Report of the Indian Hemp Drugs Commission, 1894-1895 - Volume II
Year: 1894
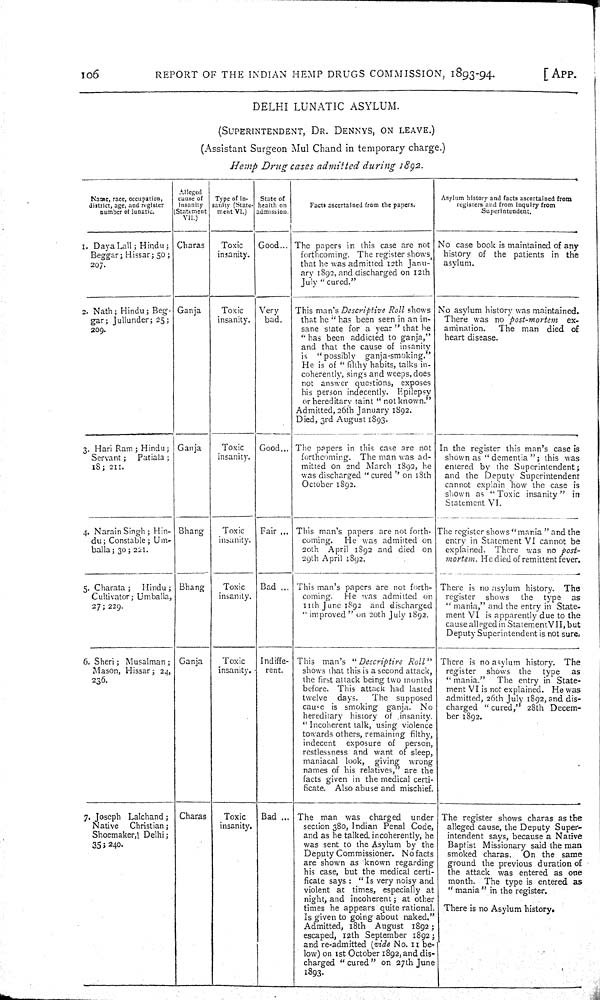
106
REPORT OF THE INDIAN HEMP DRUGS COMMISSION,
1893-94.
[APP.
DELHI LUNATIC ASYLUM.
(SUPERINTENDENT, DR. DENNYS, ON LEAVE.)
(Assistant Surgeon Mul Chand in temporary charge.)
Hemp Drug cases admitted during 1892.
Name, race, occupation,
district, age, and register
number of lunatic.
Alleged
cause of
insanity
(Statement
VII.)
Type of in-
sanity (State-
ment VI.)
State of
health on
admission.
Facts ascertained from the papers.
Asylum history and facts ascertained from
registers and from inquiry from
Superintendent.
1. Daya Lall; Hindu;
Beggar; Hissar; 50;
207.
Charas
Toxic
insanity.
Good
The papers in this case are not
forthcoming. The register shows
that he was admitted 12th Janu-
ary 1892, and discharged on 12th
July "cured."
No case book is maintained of any
history of the patients in the
asylum.
2. Nath; Hindu; Beg-
gar; Jullunder; 25;
209.
Ganja
Toxic
insanity.
Very
bad.
This man's Descriptive Roll shows
that he "has been seen in an in-
sane state for a year" that he
"has been addicted to ganja,"
and that the cause of insanity
is "possibly
ganja-smoking."
He is of "filthy habits, talks in-
coherently, sings and weeps, does
not answer questions, exposes
his person indecently. Epilepsy
or hereditary taint "not known."
Admitted, 26th January 1892.
Died, 3rd August 1893.
No asylum history was maintained.
There was no post-mortem
ex-
amination.
The man died of
heart disease.
3. Hari Ram; Hindu;
Servant;
Patiala;
18; 211.
Ganja
Toxic
insanity.
Good
The papers in this case are not
forthcoming. The man was ad-
mitted on 2nd March 1892, he
was discharged "cured" on 18th
October 1892.
In the register this man's case is
shown as "dementia"; this was
entered by the Superintendent;
and the Deputy Superintendent
cannot explain how the case is
shown as "Toxic insanity" in
Statement VI.
4. Narain Singh; Hin-
du; Constable; Um-
balla; 30; 221.
Bhang
Toxic
insanity.
Fair
This man's papers are not forth-
coming.
He was admitted on
20th April 1892 and died on
29th April 1892.
The register shows "mania " and the
entry in Statement VI cannot be
explained. There was no post-
mortem. He died of remittent fever.
5. Charata;
Hindu;
Cultivator; Umballa,
27; 229.
Bhang
Toxic
insanity.
Bad
This man's papers are not forth-
coming.
He was admitted on
11th June 1892 and discharged
"improved" on 20th July 1892.
There is no asylum history. The
register
shows
the type
as
"mania," and the entry in State-
ment VI is apparently due to the
cause alleged in Statement VII, but
Deputy Superintendent is not sure.
6. Sheri; Musalman;
Mason, Hissar; 24,
236.
Ganja
Toxic
insanity.
Indiffe-
rent.
This man's "Descriptive
Roll"
shows that this is a second attack,
the first attack being two months
before. This attack had lasted
twelve days.
The supposed
cause is smoking ganja. No
hereditary history of insanity.
"Incoherent talk, using violence
towards others, remaining filthy,
indecent
exposure of person,
restlessness and want of sleep,
maniacal look, giving wrong
names of his relatives," are the
facts given in the medical certi-
ficate. Also abuse and mischief.
There is no asylum history. The
register
shows the type
as
"mania."
The entry in State-
ment VI is not explained. He was
admitted, 26th July 1892, and dis-
charged "cured," 28th Decem-
ber 1892.
7. Joseph Lalchand;
Native
Christian;
Shoemaker, Delhi;
35; 240.
Charas
Toxic
insanity.
Bad
The man was charged
under
section 380, Indian Penal Code,
and as he talked, incoherently, he
was sent to the Asylum by the
Deputy Commissioner. No facts
are shown as known regarding
his case, but the medical certi-
ficate says: "Is very noisy and
violent at times, especially at
night, and incoherent; at other
times he appears quite rational.
Is given to going about naked."
Admitted, 18th August 1892;
escaped, 12th September 1892;
and re-admitted (vide No. 11 be-
low) on 1st October 1892, and dis-
charged "cured" on 27th June
1893.
The register shows charas as the
alleged cause, the Deputy Super-
intendent says, because a Native
Baptist Missionary said the man
smoked charas.
On the same
ground the previous duration of
the attack was entered as one
month. The type is entered as
"mania" in the register.
There is no Asylum history.